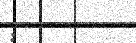
: